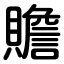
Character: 贍